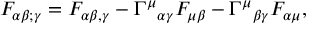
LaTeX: F _ { \alpha \beta ; \gamma } = F _ { \alpha \beta , \gamma } - { \Gamma ^ { \mu } } _ { \alpha \gamma } F _ { \mu \beta } - { \Gamma ^ { \mu } } _ { \beta \gamma } F _ { \alpha \mu } ,